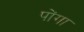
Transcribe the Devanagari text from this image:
पोंगा